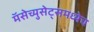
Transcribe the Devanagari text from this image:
मॅसेच्युसेट्समध्येच